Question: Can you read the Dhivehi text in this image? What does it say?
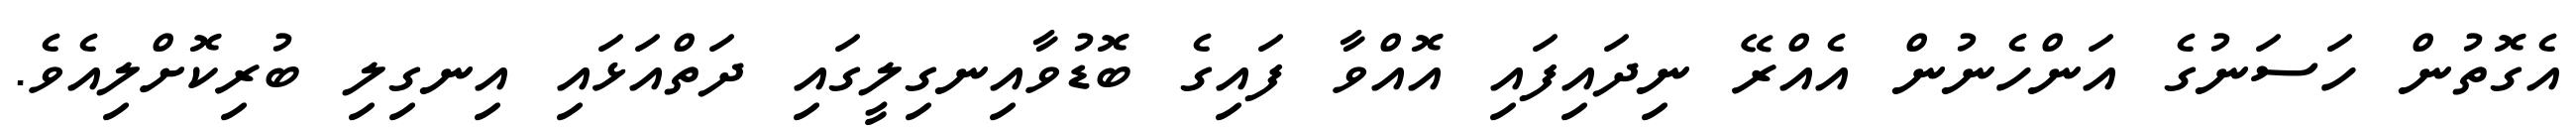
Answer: އެގޮތުން ހަސަނުގެ އަންހެނުން އެއްރޭ ނިދައިފައި އޮއްވާ ފައިގެ ބޮޑުވާއިނގިލީގައި ދަތްއަޅައި އިނގިލި ބުރިކޮށްލިއެވެ.